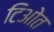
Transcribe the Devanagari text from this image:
टिओत